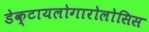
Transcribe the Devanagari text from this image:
डेक्टायलोगारोलोसिस